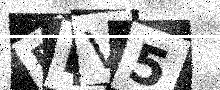
Text: EKV5